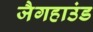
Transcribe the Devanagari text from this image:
जैगहाउंड